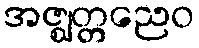
အဇ္ဈတ္တညေဝ